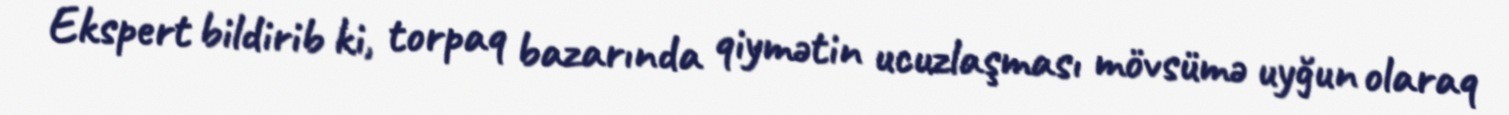
Ekspert bildirib ki, torpaq bazarında qiymətin ucuzlaşması mövsümə uyğun olaraq